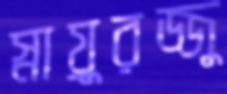
স্নায়ুরজ্জু